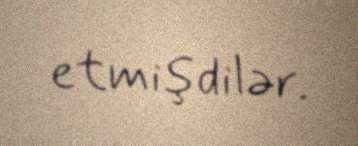
etmişdilər.